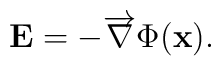
{\bf E}=-\overrightarrow\nabla\Phi({\bf x}).